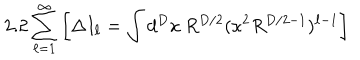
2 . 2 \sum _ { \ell = 1 } ^ { \infty } \left[ \Delta I _ { \ell } = \int d ^ { D } x \: R ^ { D / 2 } ( \kappa ^ { 2 } R ^ { D / 2 - 1 } ) ^ { \ell - 1 } \right]